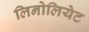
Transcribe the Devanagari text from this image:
लिनोलियेट